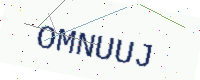
Text: OMNUUJ